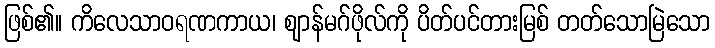
ဖြစ်၏။ ကိလေသာဝရဏကာယ၊ ဈာန်မဂ်ဖိုလ်ကို ပိတ်ပင်တားမြစ် တတ်သောမြဲသော